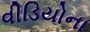
વીડિયોના